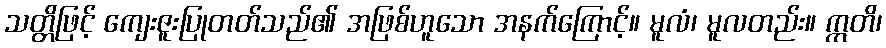
သတ္တိဖြင့် ကျေးဇူးပြုတတ်သည်၏ အဖြစ်ဟူသော အနက်ကြောင့်။ မူလံ၊ မူလတည်း။ ဣတိ၊